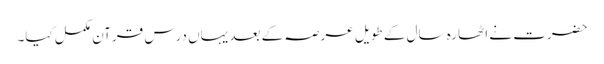
حضرت نے اٹھارہ سال کے طویل عرصہ کے بعد یہاں درس قرآن مکمل کیا۔